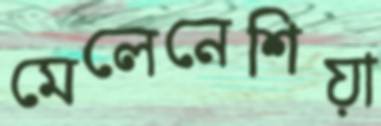
মেলেনেশিয়া